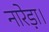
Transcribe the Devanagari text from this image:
नारेड़ा।